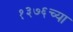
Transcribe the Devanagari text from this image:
१३७६च्या